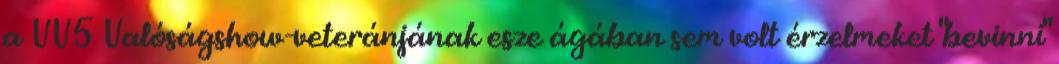
a VV5 Valóságshow-veteránjának esze ágában sem volt érzelmeket "bevinni"